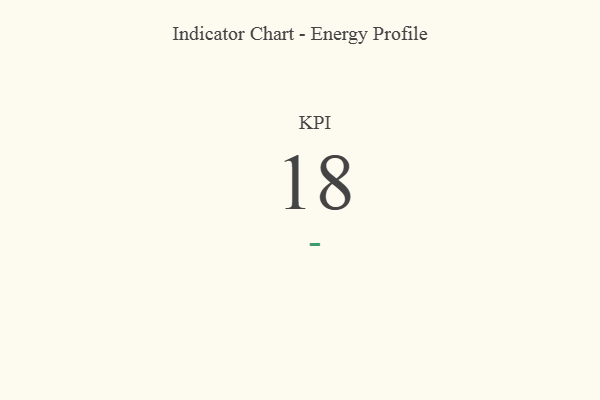
{"axis": {"x": "KPI", "y": "Value"}, "legend": [""], "data": [{"x": "KPI", "y": 18, "type": ""}]}